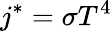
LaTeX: j^{*}=\sigma T^{4}